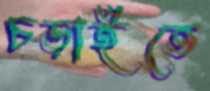
চড়াইতে